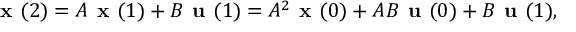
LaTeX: { \textbf { x } } ( 2 ) = A { \textbf { x } } ( 1 ) + B { \textbf { u } } ( 1 ) = A ^ { 2 } { \textbf { x } } ( 0 ) + A B { \textbf { u } } ( 0 ) + B { \textbf { u } } ( 1 ) ,